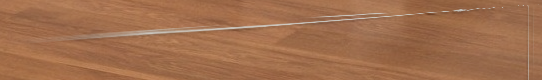
مركز تجاري سيتي مول: وجهت